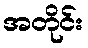
အတိုင်း